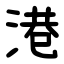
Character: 港